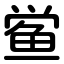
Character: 鲎